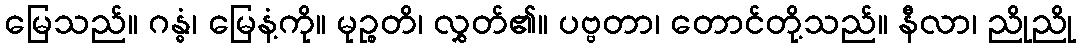
မြေသည်။ ဂန္ဓံ၊ မြေနံ့ကို။ မုဉ္စတိ၊ လွှတ်၏။ ပဗ္ဗတာ၊ တောင်တို့သည်။ နီလာ၊ ညိုညို